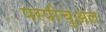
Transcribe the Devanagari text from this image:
परपीचुअल